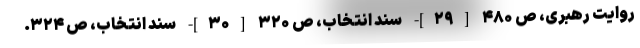
روایت رهبری، ص ۴۸۰ [۲۹]- سند انتخاب، ص ۳۲۰ [۳۰]- سند انتخاب، ص ۳۲۴.